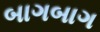
બાગબાગ